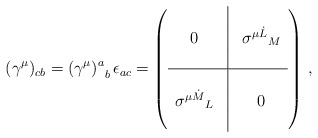
\begin{align*}({\gamma^{\mu}})_{cb} = {(\gamma^{\mu})^a}_b \, \epsilon_{ac} =\left( \begin{array}{ccc} & \vline & \\ 0 & \vline &{\sigma^{\mu {\dot L}}}_M \\ & \vline & \\ \hline &\vline & \\ {\sigma^{\mu \dot M}}_L & \vline & 0 \\ &\vline & \end{array} \right) \, ,\end{align*}